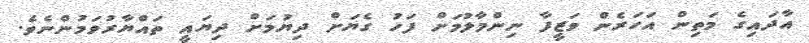
އާދައިގެ މަތިން އަހަރެން ވަޒީފާ ނިންމާލުމަށް ފަހު ގެޔަށް ދިޔުމަށް ދިޔައީ ތައްޔާރުވަމުންނެވެ.